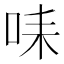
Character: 𠱤